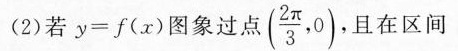
(2)若$$y = f ( x )$$图象过点(\frac{2\pi}{3},0),且在区间